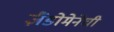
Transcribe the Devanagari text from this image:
ज़ैंडोमेनेघी